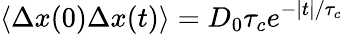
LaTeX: \left\langle\Delta x(0)\Delta x(t)\right\rangle=D_{0}\tau_{c}e^{-|t|/\tau_{c}}